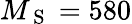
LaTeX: M_{\mathrm{~S~}}=580